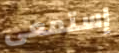
إستمعى